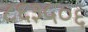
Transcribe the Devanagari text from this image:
८६३५०६